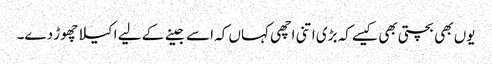
یوں بھی بچتی بھی کیسے کہ بڑی اتنی اچھی کہاں کہ اسے جینے کے لیے اکیلا چھوڑ دے۔